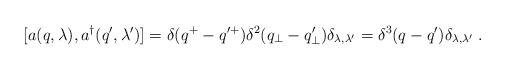
LaTeX: \begin{align*}[a(q,\lambda),a^\dagger (q^\prime,\lambda^\prime)]=\delta (q^+ - q^{\prime +})\delta^2 (q_\perp - q_\perp^ \prime) \delta_{\lambda,\lambda^\prime} =\delta^3 (q - q^\prime) \delta_{\lambda,\lambda^\prime}\;.\end{align*}